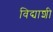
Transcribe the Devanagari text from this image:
विद्याशी